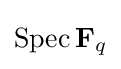
\operatorname {Spec} \mathbf {F} _{q}